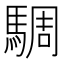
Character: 騆